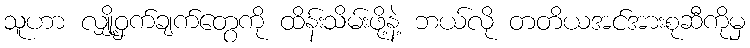
သူဟာ လျှို့ဝှက်ချက်တွေကို ထိန်းသိမ်းဖို့နဲ့ ဘယ်လို တတိယအင်အားစုဆီကိုမှ